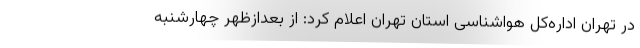
در تهران اداره‌کل هواشناسی استان تهران اعلام کرد: از بعدازظهر چهارشنبه